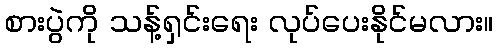
စားပွဲကို သန့်ရှင်းရေး လုပ်ပေးနိုင်မလား။